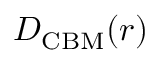
D _ { \mathrm { C B M } } ( r )